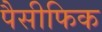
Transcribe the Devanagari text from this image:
पैसीफिक